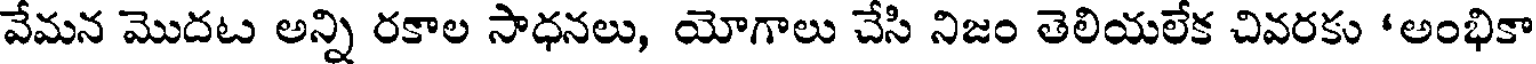
వేమన మొదట అన్ని రకాల సాధనలు, యోగాలు చేసి నిజం తెలియలేక చివరకు 'అంభికా